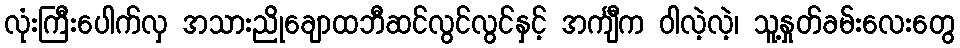
လုံးကြီးပေါက်လှ အသားညိုချောထဘီဆင်လွင်လွင်နှင့် အင်္ကျီက ဝါလဲ့လဲ့၊ သူ့နှုတ်ခမ်းလေးတွေ